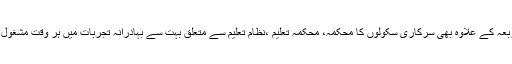
عناصر اربعہ کے علاوہ بھی سرکاری سکولوں کا محکمہ، محکمہ تعلیم ،نظام تعلیم سے متعلق بہت سے بہادرانہ تجربات میں ہر وقت مشغول رہتا ہے ۔